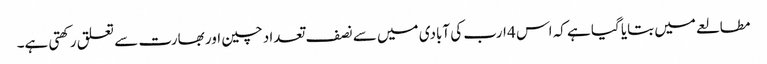
مطالعے میں بتایا گیا ہے کہ اس 4 ارب کی آبادی میں سے نصف تعداد چین اور بھارت سے تعلق رکھتی ہے۔